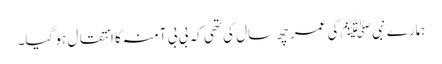
ہمارے نبی ﷺ کی عمر چھ سال کی تھی کہ بی بی آمنہ کا انتقال ہو گیا۔